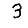
Digit: 3